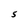
Character: S